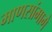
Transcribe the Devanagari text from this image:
माणसांमागे